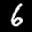
Label: 6